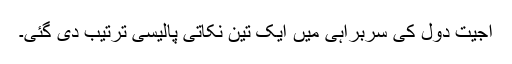
اجیت دول کی سربراہی میں ایک تین نکاتی پالیسی ترتیب دی گئی۔